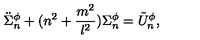
\ddot { \Sigma } _ { n } ^ { \phi } + ( n ^ { 2 } + \frac { m ^ { 2 } } { l ^ { 2 } } ) \Sigma _ { n } ^ { \phi } = \tilde { U } _ { n } ^ { \phi } ,